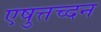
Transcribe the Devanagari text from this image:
एषुत्तच्दन